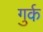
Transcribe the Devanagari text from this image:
गुर्क